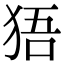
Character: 㹳